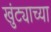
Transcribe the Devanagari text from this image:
खुंट्याच्या